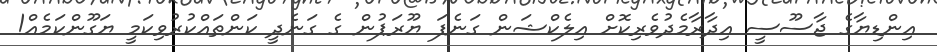
އިންޑިޔާގެ ޖާސޫސީ އިދާރާމެދުވެރިކޮށް އިލެކްޝަން ގަނެފަ ޔޫރަޕުން ގެ ގަނެދީ ކަންތައްކުރުވިކަމީ ޔަގޫންކަމެއް!